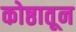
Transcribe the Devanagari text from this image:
कोष्ठातून